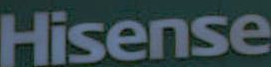
Hisense